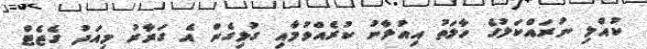
ކުއްލި ނުރައްކަލުގެ ހާލަތު އިއުލާނު ކުރެއްވުމާއި ގުޅިގެން އެ ގަރާރު މިއަދު ގެޒެޓް